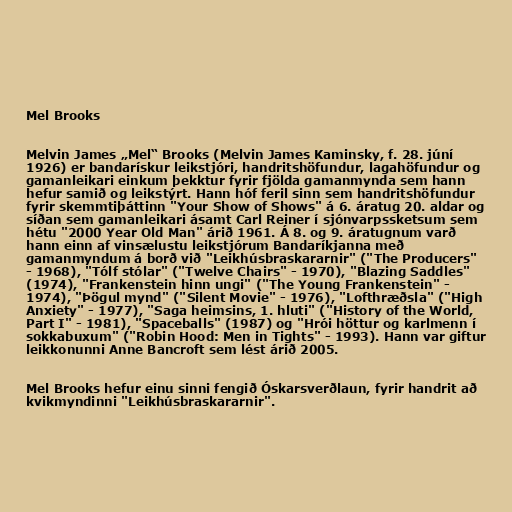
Mel Brooks

Melvin James „Mel“ Brooks (Melvin James Kaminsky, f. 28. júní
1926) er bandarískur leikstjóri, handritshöfundur, lagahöfundur og
gamanleikari einkum þekktur fyrir fjölda gamanmynda sem hann
hefur samið og leikstýrt. Hann hóf feril sinn sem handritshöfundur
fyrir skemmtiþáttinn "Your Show of Shows" á 6. áratug 20. aldar og
síðan sem gamanleikari ásamt Carl Reiner í sjónvarpssketsum sem
hétu "2000 Year Old Man" árið 1961. Á 8. og 9. áratugnum varð
hann einn af vinsælustu leikstjórum Bandaríkjanna með
gamanmyndum á borð við "Leikhúsbraskararnir" ("The Producers"
- 1968), "Tólf stólar" ("Twelve Chairs" - 1970), "Blazing Saddles"
(1974), "Frankenstein hinn ungi" ("The Young Frankenstein" -
1974), "Þögul mynd" ("Silent Movie" - 1976), "Lofthræðsla" ("High
Anxiety" - 1977), "Saga heimsins, 1. hluti" ("History of the World,
Part I" - 1981), "Spaceballs" (1987) og "Hrói höttur og karlmenn í
sokkabuxum" ("Robin Hood: Men in Tights" - 1993). Hann var giftur
leikkonunni Anne Bancroft sem lést árið 2005.

Mel Brooks hefur einu sinni fengið Óskarsverðlaun, fyrir handrit að
kvikmyndinni "Leikhúsbraskararnir".